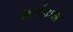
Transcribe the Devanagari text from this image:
खर्चवाले